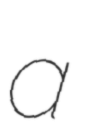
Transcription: a